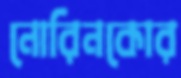
নোরিনকোর